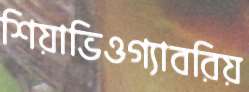
শিয়াভিওগ্যাবরিয়